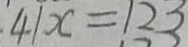
4 1 x = 1 2 3